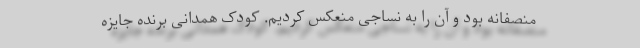
منصفانه بود و آن را به نساجی منعکس کردیم. کودک همدانی برنده جایزه